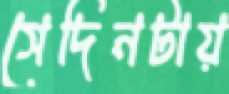
সেদিনটায়